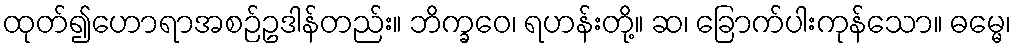
ထုတ်၍ဟောရာအစဉ်ဥဒါန်တည်း။ ဘိက္ခဝေ၊ ရဟန်းတို့။ ဆ၊ ခြောက်ပါးကုန်သော။ ဓမ္မေ၊